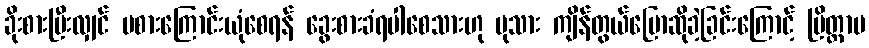
ခိုးစားပြီးလျှင် မစားကြောင်းယုံစေရန် ခွေးစားခံရပါစေသားဟု မုသား ကျိန်တွယ်ပြောဆိုခဲ့ခြင်းကြောင့် ပြိတ္တာမ